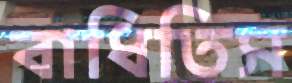
বাধিতিস